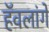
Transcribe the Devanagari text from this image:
हॅवलांगे